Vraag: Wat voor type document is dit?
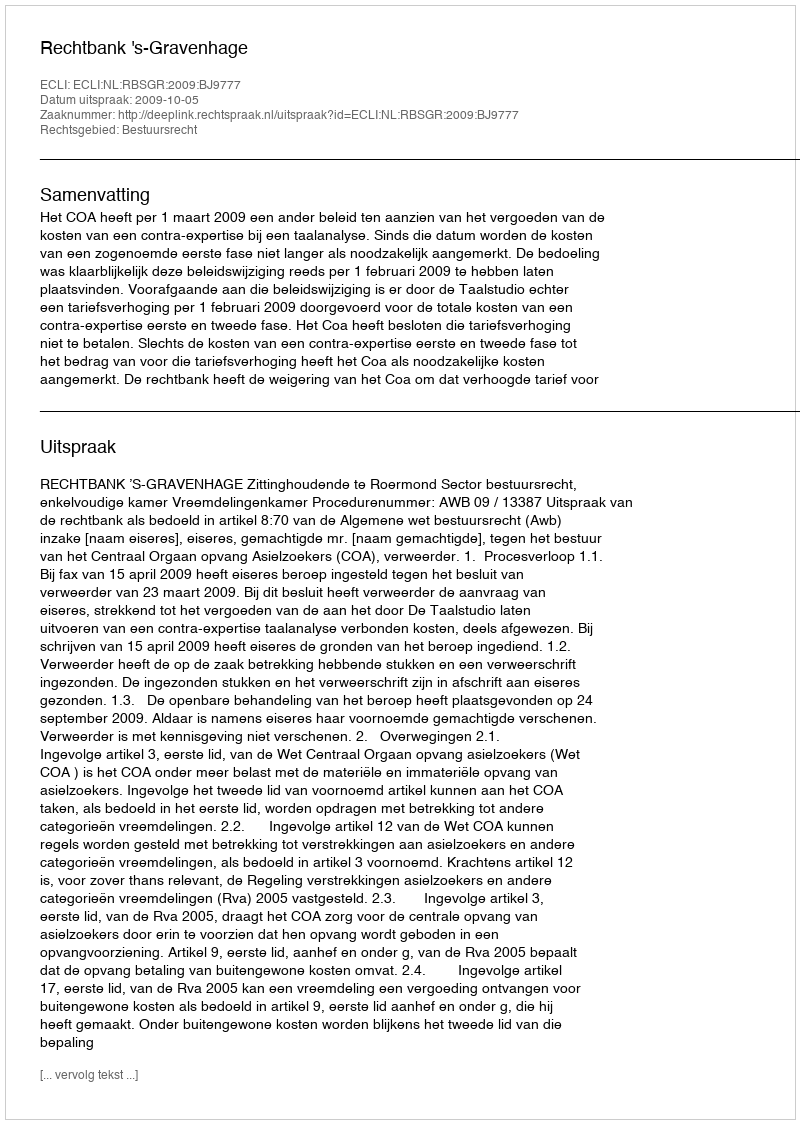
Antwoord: Uitspraak